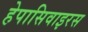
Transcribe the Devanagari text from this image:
हेपासिवाइरस